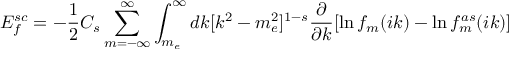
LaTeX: { \cal E } _ { f } ^ { s c } = - \frac 1 2 C _ { s } \sum _ { m = - \infty } ^ { \infty } \int _ { m _ { e } } ^ { \infty } d k [ k ^ { 2 } - m _ { e } ^ { 2 } ] ^ { 1 - s } \frac { \partial } { \partial k } [ \ln f _ { m } ( i k ) - \ln f _ { m } ^ { a s } ( i k ) ]